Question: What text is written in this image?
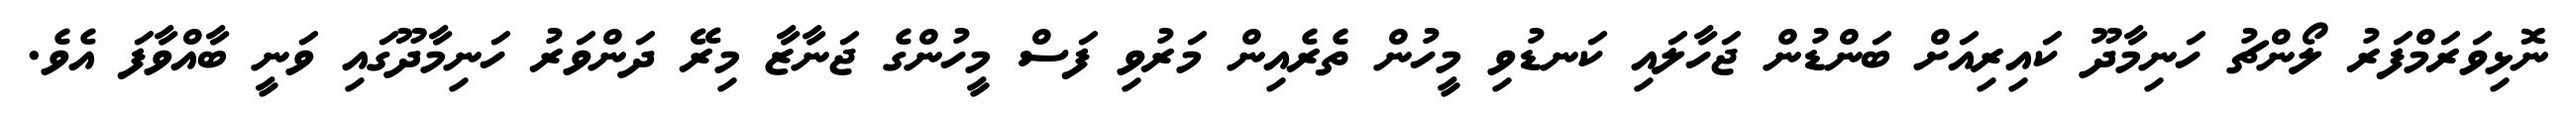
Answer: ނޮޅިވަރަމްފަރު ލޯންޗު ހަނިމާދޫ ކައިރިއަށް ބަންޑުން ޖަހާލައި ކަނޑުވި މީހުން ތެރެއިން މަރުވި ފަސް މީހުންގެ ޖަނާޒާ މިރޭ ދަންވަރު ހަނިމާދޫގައި ވަނީ ބާއްވާފަ އެވެ.